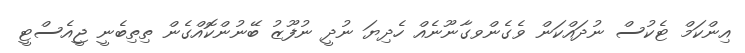
އިންކަމް ޓެކުސް ނުދައްކަން ވެގެންވގާނޫނެއް ހެދިޔަ ނުދީ ނުފޫޒު ބޭނުންކޮއްގެން ތިތިބެނީ ޖީއެސްޓީ